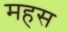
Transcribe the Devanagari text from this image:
महस